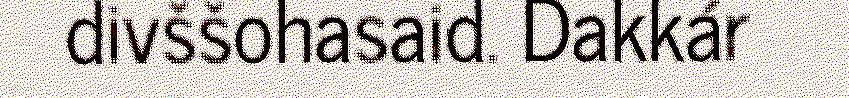
divššohasaid. Dakkár